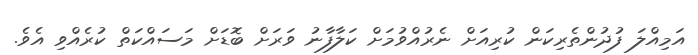
އަމިއްލަ ފުދުންތެރިކަން ކުރިއަށް ނެރުއްވުމަށް ކަލާފާނު ވަރަށް ބޮޑަށް މަސައްކަތް ކުރެއްވި އެވެ.